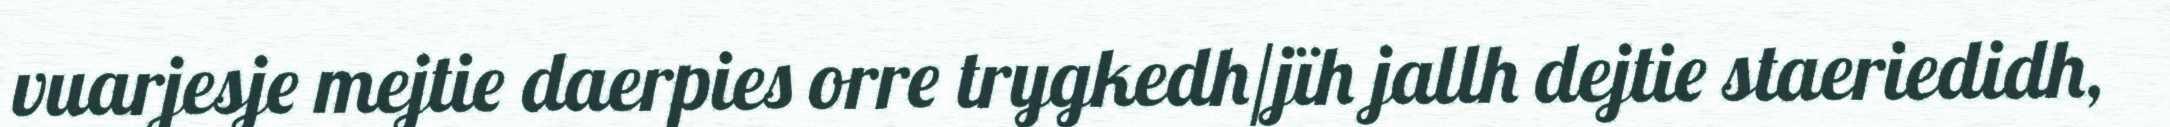
vuarjesje mejtie daerpies orre trygkedh/jïh jallh dejtie staeriedidh,